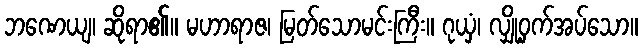
ဘဏေယျ၊ ဆိုရာ၏။ မဟာရာဇ၊ မြတ်သောမင်းကြီး။ ဂုယှံ၊ လျှို့ဝှက်အပ်သော။